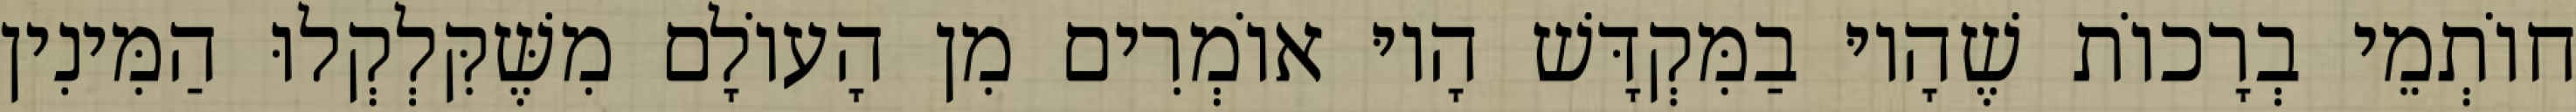
חוֹתְמֵי בְרָכוֹת שֶׁהָיוּ בַמִּקְדָּשׁ הָיוּ אוֹמְרִים מִן הָעוֹלָם מִשֶּׁקִּלְקְלוּ הַמִּינִין